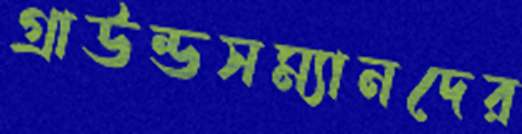
গ্রাউন্ডসম্যানদের